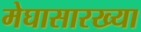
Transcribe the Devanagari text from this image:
मेघासारख्या